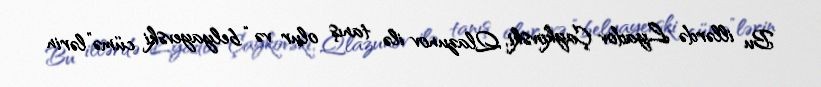
Bu illərdə Lyadov Çaykovski, Qlazunov ilə tanış olur və “belyayevski cümə”lərin